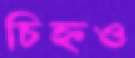
চিহ্নও